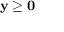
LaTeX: \mathbf { y } \geq \mathbf { 0 }